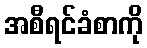
အစီရင်ခံစာကို